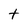
Character: t